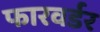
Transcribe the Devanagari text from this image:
फारवर्डर